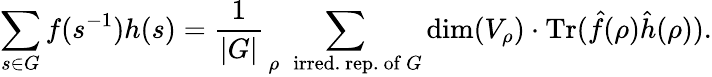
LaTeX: \sum_{s\in G}f(s^{-1})h(s)={\frac{1}{|G|}}\sum_{\rho\, \, {\mathrm{~irred.}}{\mathrm{~rep.}}{\mathrm{~of~}}G}\dim(V_{\rho})\cdot{\mathrm{Tr}}({\hat{f}}(\rho){\hat{h}}(\rho)).